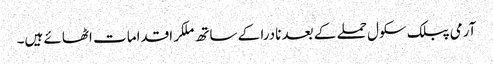
آرمی پبلک سکول حملے کے بعد نادرا کے ساتھ ملکر اقدامات اٹھائے ہیں۔